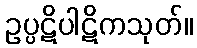
ဥပ္ပဋိပါဋိကသုတ်။